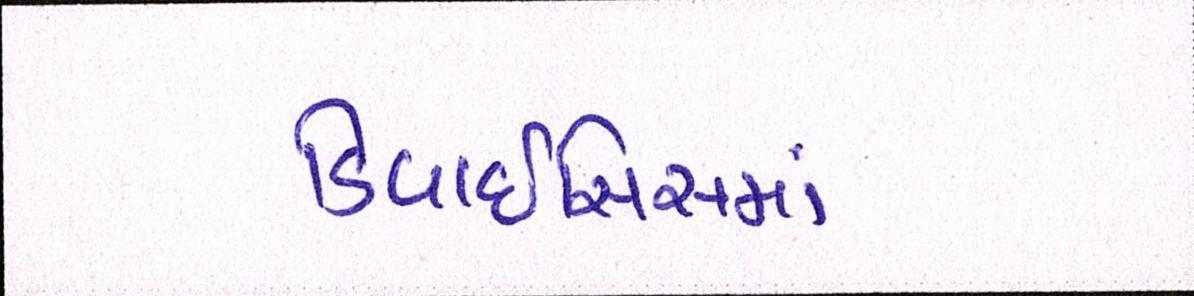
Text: ડિવાઇસિસમાં